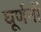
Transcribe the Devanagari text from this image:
घूर्णनों